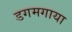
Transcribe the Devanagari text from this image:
डगमगाया